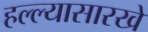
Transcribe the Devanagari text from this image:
हल्ल्यासारखे